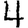
Digit: 4